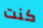
كنت